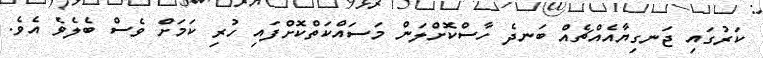
ކަރުގައި ޖަނގިޔާއެއްޗެއް ބަނދެ ހާސްކޮށްލަން މަސައްކަތްކޮށްފައި ހުރި ކަމަށް ވެސް ބެލެވެ އެވެ.